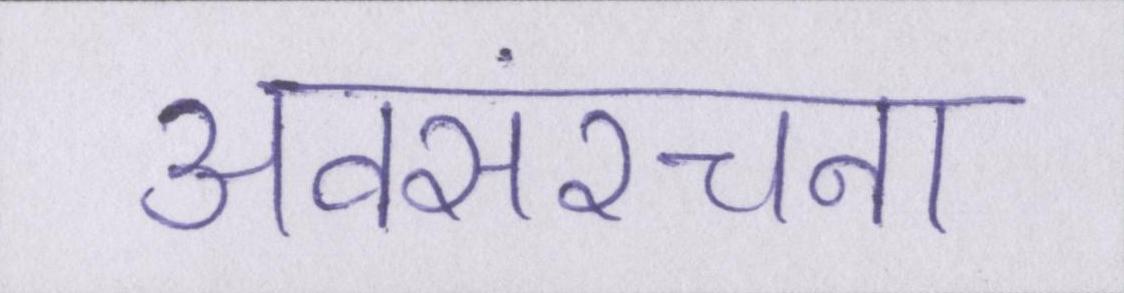
अवसंरचना